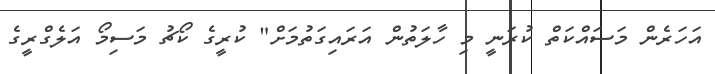
އަހަރެން މަސައްކަތް ކުރަނީ މި ހާލަތުން އަރައިގަތުމަށް" ކުރީގެ ކޯޗު މަސިމޯ އަލެގްރީގެ